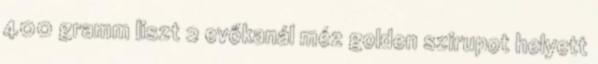
400 gramm liszt 2 evőkanál méz golden szirupot helyett